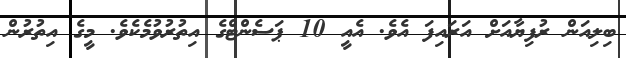
ބިލިއަން ރުފިޔާއަށް އަރައިފަ އެވެ. އެއީ 10 ޕަސެންޓްގެ އިތުރުވުމެކެވެ. މީގެ އިތުރުން